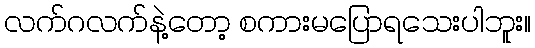
လက်ဂလက်နဲ့တော့ စကားမပြောရသေးပါဘူး။